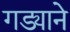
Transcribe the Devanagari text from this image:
गड्याने